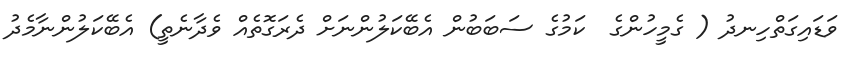
ވަޑައިގަތްހިނދު ( ގެމީހުންގެ  ކަމުގެ ސަބަބުން އެބޭކަލުންނަށް ދެރަގޮތެއް ވެދާނެތީ) އެބޭކަލުންނާމެދު